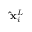
\mathbf { \hat { x } } _ { i } ^ { L }